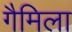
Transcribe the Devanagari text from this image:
गैमिला